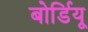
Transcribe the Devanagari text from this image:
बोर्डियू